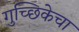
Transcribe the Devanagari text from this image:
गुच्छिकेचा